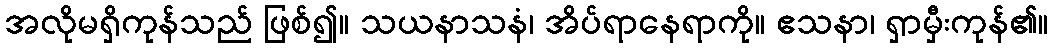
အလိုမရှိကုန်သည် ဖြစ်၍။ သယနာသနံ၊ အိပ်ရာနေရာကို။ ဧသနာ၊ ရှာမှီးကုန်၏။